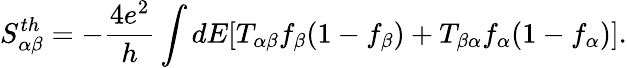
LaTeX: {S_{\alpha\beta}^{th}}=-\frac{4e^{2}}{h}\int dE[T_{\alpha\beta}f_{\beta}(1-f_{\beta})+T_{\beta\alpha}f_{\alpha}(1-f_{\alpha})].